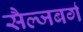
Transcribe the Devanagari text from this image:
सैल्जबर्ग